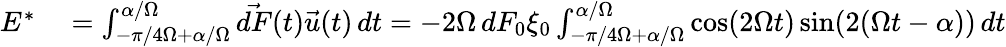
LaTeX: \begin{array}{rl}{E^{*}}&{{}=\int_{-\pi/4\Omega+\alpha/\Omega}^{\alpha/\Omega}{\vec{dF}}(t){\vec{u}}(t)\, dt=-2\Omega\, dF_{0}\xi_{0}\int_{-\pi/4\Omega+\alpha/\Omega}^{\alpha/\Omega}\cos(2\Omega t)\sin(2(\Omega t-\alpha))\, dt}\end{array}